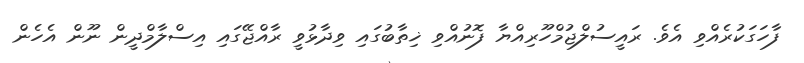
ފާހަގަކުރެއްވި އެވެ. ރައީސުލްޖުމްހޫރިއްޔާ ފޮނުއްވި ޚިތާބުގައި ވިދާޅުވީ ރާއްޖޭގައި އިސްލާމްދީން ނޫން އެހެން